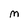
Character: M